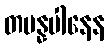
တမန္နပါနေန